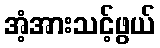
အံ့အားသင့်ဖွယ်